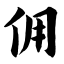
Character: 佣